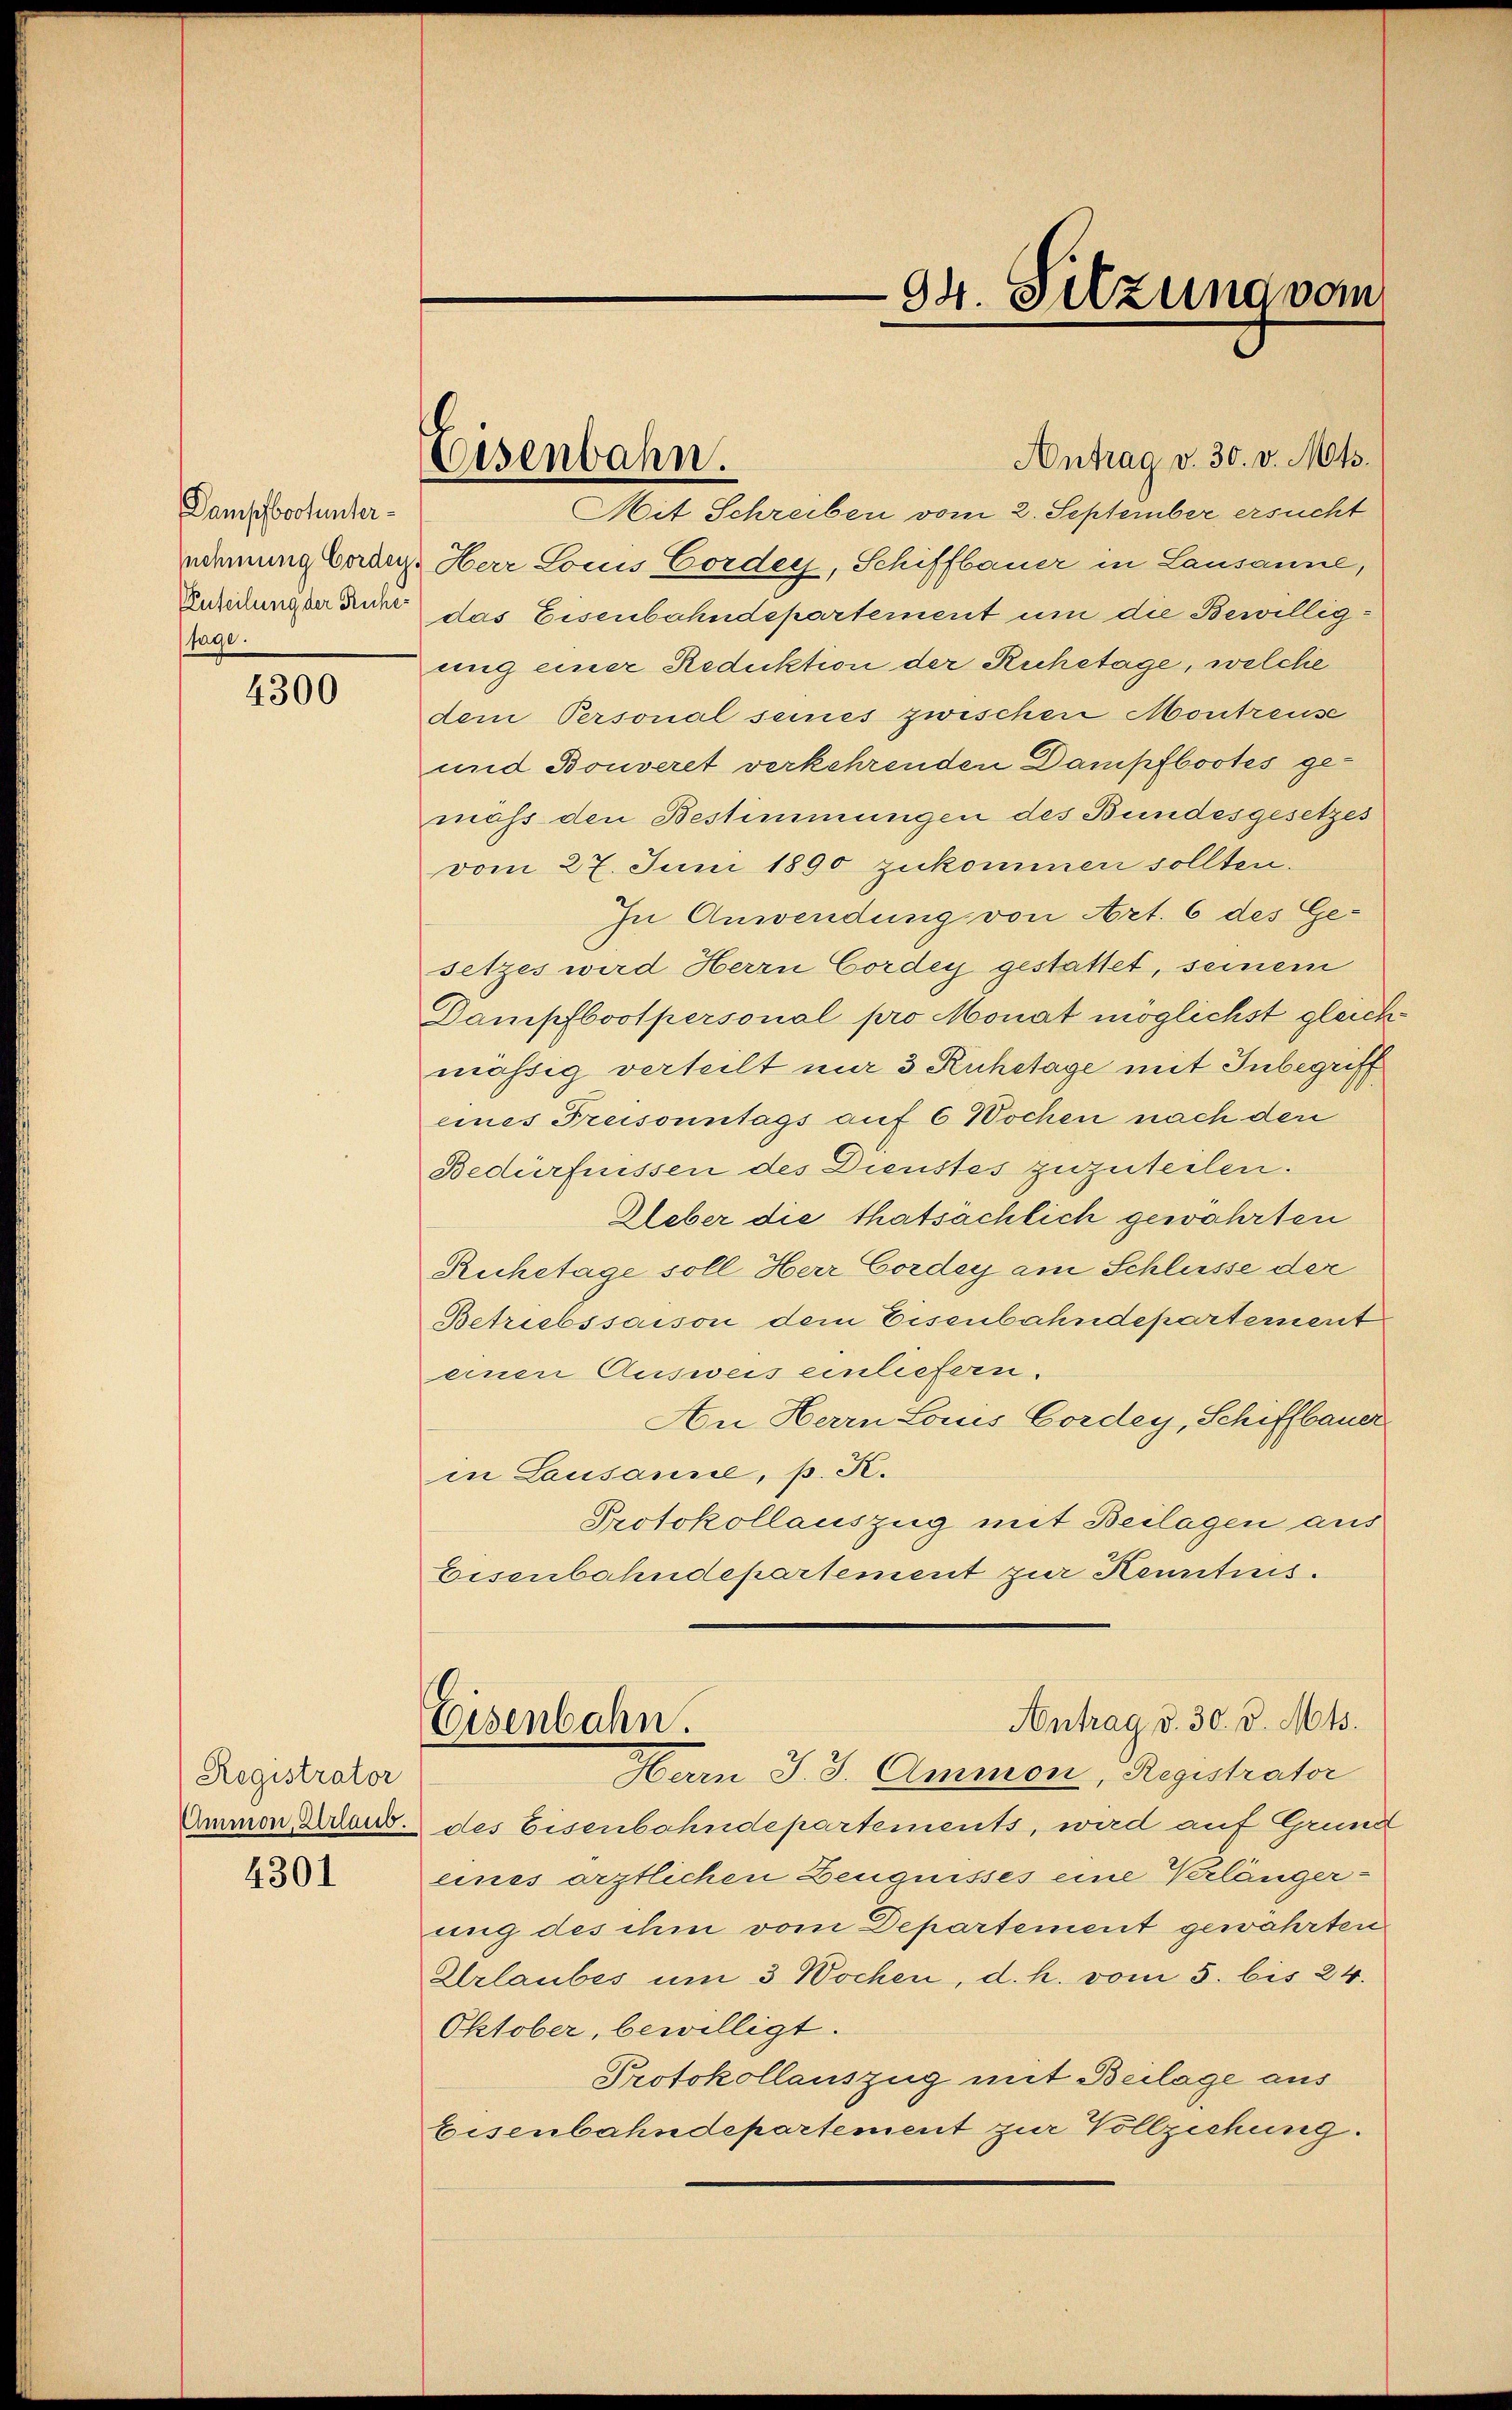
Dampfbootuntersage.

4300

Registrator

4301

Antrag v. 30. v. Mts.
Mit Schreiben vom 2. September ersucht
edenung beden Herr Louis Cordey, Schiffbauer in Lausanne,
Residungs nur das Eisenbahndepartement um die Bewilligung einer Reduktion der Ruhetage, welche
dem Personal seines zwischen Montreuse
und Bonveret verkehrenden Dampfbootes ge-
mäss den Bestimmungen des Bundesgesetzes
vom 27. Juni 1890 zukommen sollten.
In Anwendung von Art. 6 des Ge-
setzes wird Herrn Cordey gestattet, seinem
Dampfbootpersonal pro Monat möglichst gleich
mäsig verteilt nur 3 Ruhetage mit Inbegriff
eines Preisonntags auf 6 Wochen nach den
Bedürfnissen des Dienstes zuzuteilen.
Ueber die thatsächlich gewährten
Ruhetage soll Herr Cordey am Schlüsse der
Betriebssaison dem Eisenbahndepartement
einen Ausweis einliefern.
An Herrn Louis Cordey, Schiffbauer
in Lausanne, p. K.
Protokollauszug mit Beilagen aus
Eisenbahndepartement zur Kenntnis.
Antrag d. 30. v. Mts.
Eisenbahn.
Herrn J. J. Ammon, Registrator
Ammon, Brand des Eisenbahndepartements, wird auf Grund
eines ärztlichen Zeugnisses eine Verlänger-
ung des ihm vom Departement gewährten
Urlaubes um 3 Wochen, d. h. vom 5. bis 24.
Oktober, bewilligt.
Protokollauszug mit Beilage aus
Eisenbahndepartement zur Vollziehung.

Eisenbahn.

94. Sitzung vom